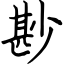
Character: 尠